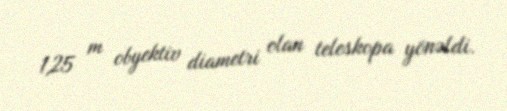
1,25 m obyektiv diametri olan teleskopa yönəldi.